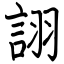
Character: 詡